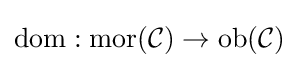
\operatorname {dom} :\operatorname {mor} ({\mathcal {C}})\to \operatorname {ob} ({\mathcal {C}})